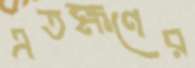
এতক্ষণের